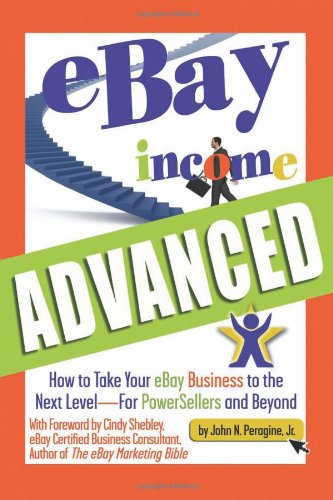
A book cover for Ebay Income Advanced: How to Take Your Ebay Business to the Next Level - for Powersellers and Beyond; John N Peragine Jr.; Computers & Technology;